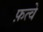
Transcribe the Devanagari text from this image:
फ़त्वे